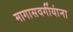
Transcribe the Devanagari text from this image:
मागासवर्गीयांना